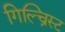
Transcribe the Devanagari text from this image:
गिल्च्रिस्ट